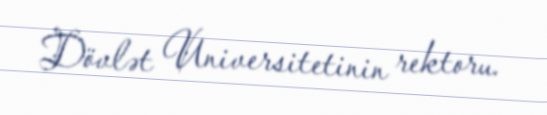
Dövlət Universitetinin rektoru.